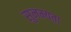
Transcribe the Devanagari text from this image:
सुनम्यता